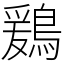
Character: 鶢